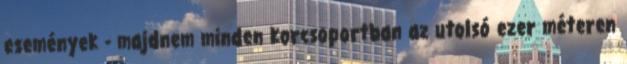
események - majdnem minden korcsoportban az utolsó ezer méteren